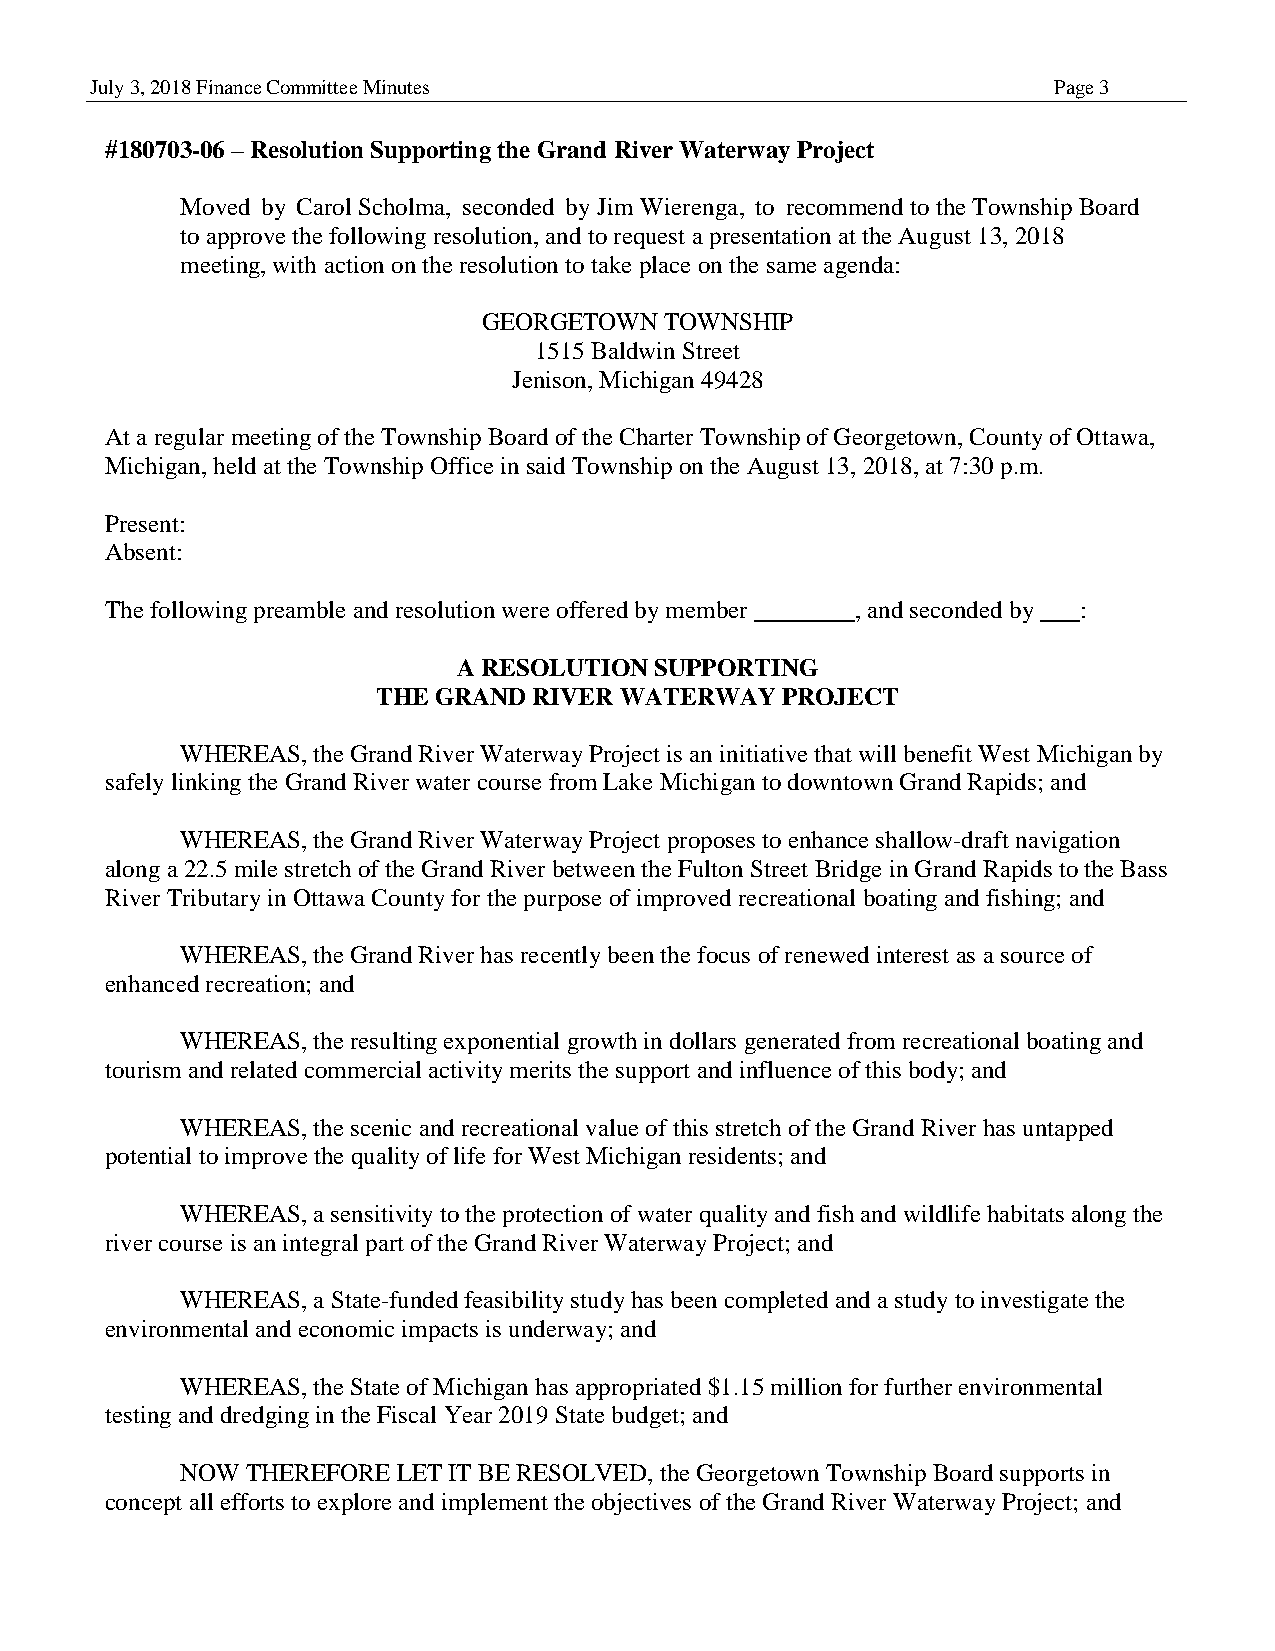
July 3, 2018 Finance Committee Minutes                          Page 3
 #180703-06 – Resolution Supporting the Grand River Waterway Project
 Moved by Carol Scholma, seconded by Jim Wierenga, to recommend to the Township Board
 to approve the following resolution, and to request a presentation at the August 13, 2018
 meeting, with action on the resolution to take place on the same agenda:
 GEORGETOWN  TOWNSHIP
 1515 Baldwin Street
 Jenison, Michigan 49428
 At a regular meeting of the Township Board of the Charter Township of Georgetown, County of Ottawa,
 Michigan, held at the Township Office in said Township on the August 13, 2018, at 7:30 p.m.
 Present:
 Absent:
 The following preamble and resolution were offered by member , and seconded by :
 A RESOLUTION SUPPORTING
 THE GRAND RIVER WATERWAY   PROJECT
 WHEREAS, the Grand River Waterway Project is an initiative that will benefit West Michigan by
 safely linking the Grand River water course from Lake Michigan to downtown Grand Rapids; and
 WHEREAS, the Grand River Waterway Project proposes to enhance shallow-draft navigation
 along a 22.5 mile stretch of the Grand River between the Fulton Street Bridge in Grand Rapids to the Bass
 River Tributary in Ottawa County for the purpose of improved recreational boating and fishing; and
 WHEREAS, the Grand River has recently been the focus of renewed interest as a source of
 enhanced recreation; and
 WHEREAS, the resulting exponential growth in dollars generated from recreational boating and
 tourism and related commercial activity merits the support and influence of this body; and
 WHEREAS, the scenic and recreational value of this stretch of the Grand River has untapped
 potential to improve the quality of life for West Michigan residents; and
 WHEREAS, a sensitivity to the protection of water quality and fish and wildlife habitats along the
 river course is an integral part of the Grand River Waterway Project; and
 WHEREAS, a State-funded feasibility study has been completed and a study to investigate the
 environmental and economic impacts is underway; and
 WHEREAS, the State of Michigan has appropriated $1.15 million for further environmental
 testing and dredging in the Fiscal Year 2019 State budget; and
 NOW THEREFORE LET IT BE RESOLVED, the Georgetown Township Board supports in
 concept all efforts to explore and implement the objectives of the Grand River Waterway Project; and